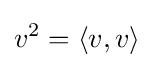
v^{2}=\langle v,v\rangle